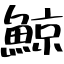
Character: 鯨